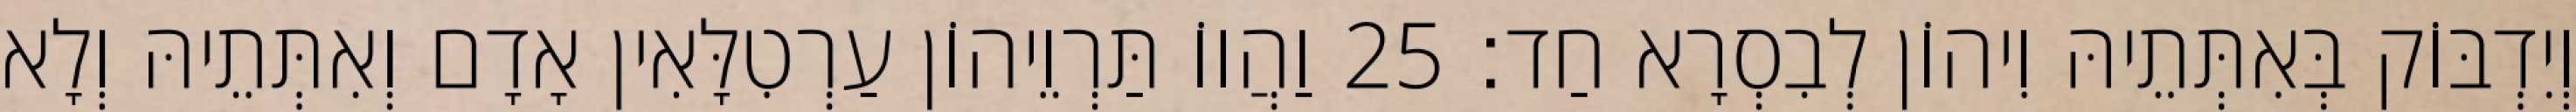
וְיִדְבּוֹק בְּאִתְּתֵיהּ וִיהוֹן לְבִסְרָא חַד׃ 25 וַהֲווֹ תַּרְוֵיהוֹן עַרְטִלָּאִין אָדָם וְאִתְּתֵיהּ וְלָא